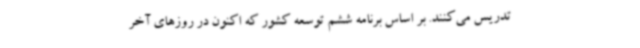
تدریس می‌کنند. بر اساس برنامه ششم توسعه کشور که اکنون در روزهای آخر